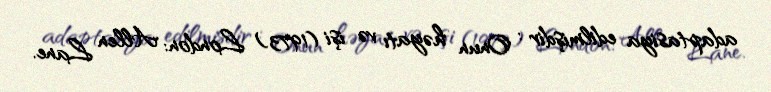
adaptasiya edilmişdir : Onun həyatı və işi (1973) London: Allen Lane.